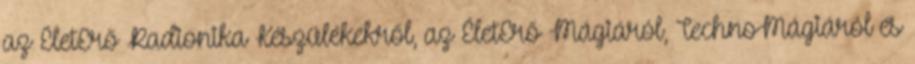
az ÉletErő Radionika Készülékekről, az ÉletErő Mágiáról, TechnoMágiáról és